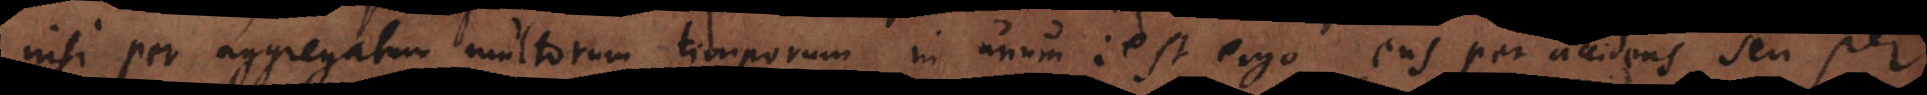
nisi per aggregatum multorum temporum in unum; est ergo ens per accidens seu per